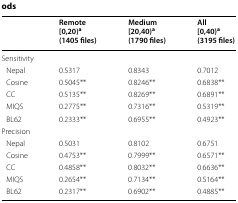
|  | Remote[0,20)a(1405 files) | Medium[20,40)a(1790 files) | All[0,40)a(3195 files) |
 | --- | --- | --- | --- |
 | <COLSPAN=4> Sensitivity |
 | Nepal | 0.5317 | 0.8343 | 0.7012 |
 | Cosine | 0.5045** | 0.8246** | 0.6838** |
 | CC | 0.5135** | 0.8269** | 0.6891** |
 | MIQS | 0.2775** | 0.7316** | 0.5319** |
 | BL62 | 0.2333** | 0.6955** | 0.4923** |
 | <COLSPAN=4> Precision |
 | Nepal | 0.5031 | 0.8102 | 0.6751 |
 | Cosine | 0.4753** | 0.7999** | 0.6571** |
 | CC | 0.4858** | 0.8032** | 0.6636** |
 | MIQS | 0.2654** | 0.7134** | 0.5164** |
 | BL62 | 0.2317** | 0.6902** | 0.4885** |